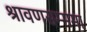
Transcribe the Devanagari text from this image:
श्रावणसम्ममा